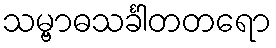
သမ္ဗာဓသင်္ခါတတရော